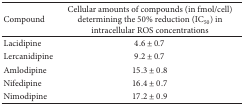
| Compound | Cellular amounts of compounds (in fmol/cell) determining the 50% reduction (IC50) in intracellular ROS concentrations |
 | --- | --- |
 | Lacidipine | 4.6 ± 0.7 |
 | Lercanidipine | 9.2 ± 0.7 |
 | Amlodipine | 15.3 ± 0.8 |
 | Nifedipine | 16.4 ± 0.7 |
 | Nimodipine | 17.2 ± 0.9 |